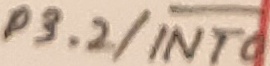
Text: P3.2/INT0